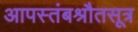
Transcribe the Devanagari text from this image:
आपस्तंबश्रौतसूत्र